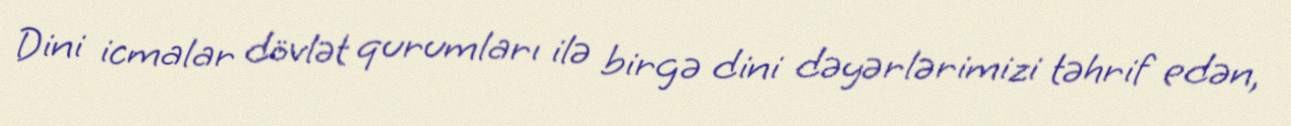
Dini icmalar dövlət qurumları ilə birgə dini dəyərlərimizi təhrif edən,